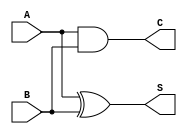
module current_mode_half_adder (
    input wire A, // Input A
    input wire B, // Input B
    output wire S, // Sum output
    output wire C  // Carry output
);

// Generate Sum (S) and Carry (C) outputs
assign S = A ^ B; // Sum is A XOR B
assign C = A & B; // Carry is A AND B

endmodule